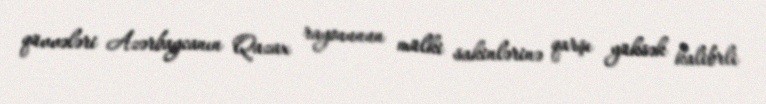
qüvvələri Azərbaycanın Qazax rayonunun mülki sakinlərinə qarşı yüksək kalibrli